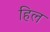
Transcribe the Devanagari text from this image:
हिल